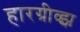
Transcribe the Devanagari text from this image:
हारग्रीव्झ